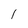
Character: l